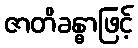
ဇာတိခန္ဓာဖြင့်